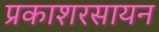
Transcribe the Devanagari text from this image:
प्रकाशरसायन